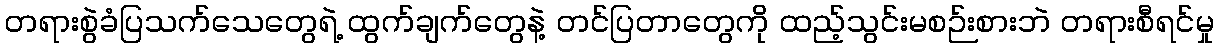
တရားစွဲခံပြသက်သေတွေရဲ့ ထွက်ချက်တွေနဲ့ တင်ပြတာတွေကို ထည့်သွင်းမစဉ်းစားဘဲ တရားစီရင်မှု